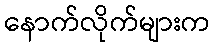
နောက်လိုက်များက